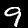
Label: 9